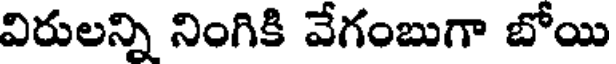
విరులన్ని నింగికి వేగంబుగా బోయి